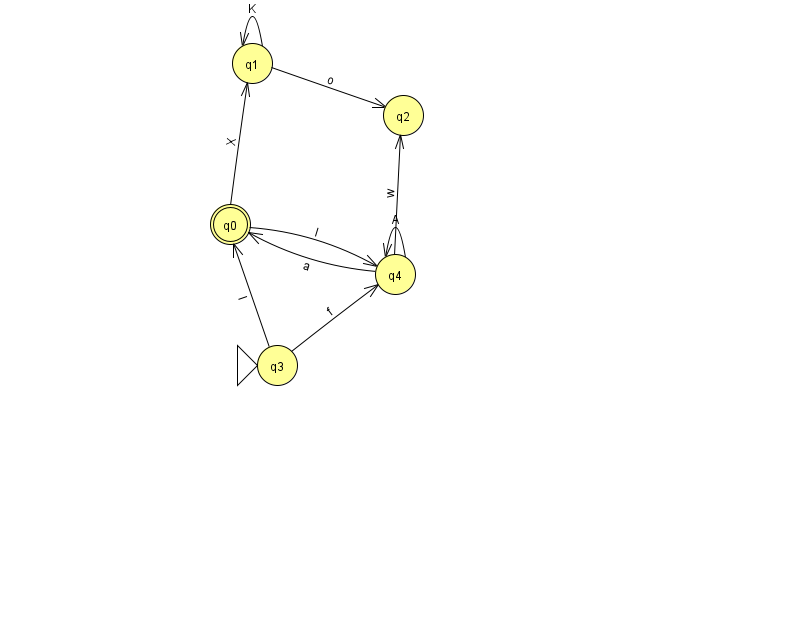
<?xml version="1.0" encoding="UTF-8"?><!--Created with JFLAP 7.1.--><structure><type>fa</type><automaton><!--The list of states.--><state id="0" name="q0"><x>230.0</x><y>211.0</y><final/></state><state id="1" name="q1"><x>252.0</x><y>50.0</y></state><state id="2" name="q2"><x>403.0</x><y>102.0</y></state><state id="3" name="q3"><x>277.0</x><y>352.0</y><initial/></state><state id="4" name="q4"><x>395.0</x><y>261.0</y></state><!--The list of transitions.--><transition><from>4</from><to>4</to><read>A</read></transition><transition><from>0</from><to>4</to><read>I</read></transition><transition><from>1</from><to>2</to><read>o</read></transition><transition><from>4</from><to>2</to><read>w</read></transition><transition><from>3</from><to>0</to><read>l</read></transition><transition><from>4</from><to>0</to><read>a</read></transition><transition><from>0</from><to>1</to><read>X</read></transition><transition><from>1</from><to>1</to><read>K</read></transition><transition><from>3</from><to>4</to><read>f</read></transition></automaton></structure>